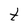
Character: t